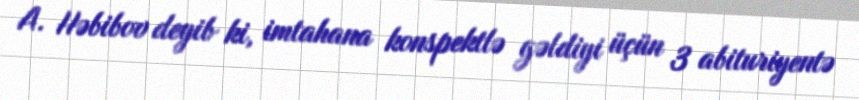
A. Həbibov deyib ki, imtahana konspektlə gəldiyi üçün 3 abituriyentə